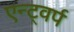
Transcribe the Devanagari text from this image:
एन्ट्वर्प